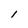
Character: l